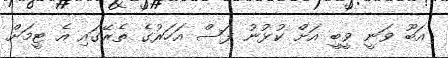
އަބޫ ވަނީ ވީބީ އަށް ކުޅުނު ފަސް އަހަރުގެ ތެރޭގައި އެ ޓީމަށް